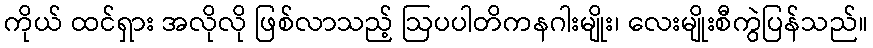
ကိုယ် ထင်ရှား အလိုလို ဖြစ်လာသည့် ဩပပါတိကနဂါးမျိုး၊ လေးမျိုးစီကွဲပြန်သည်။